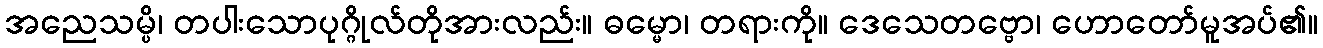
အညေသမ္ပိ၊ တပါးသောပုဂ္ဂိုလ်တိုအားလည်း။ ဓမ္မော၊ တရားကို။ ဒေသေတဗ္ဗော၊ ဟောတော်မူအပ်၏။